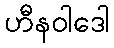
ဟီနဝါဒေါ